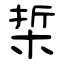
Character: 梊